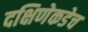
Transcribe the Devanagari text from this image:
दक्षिणेकडेच